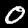
Digit: 0